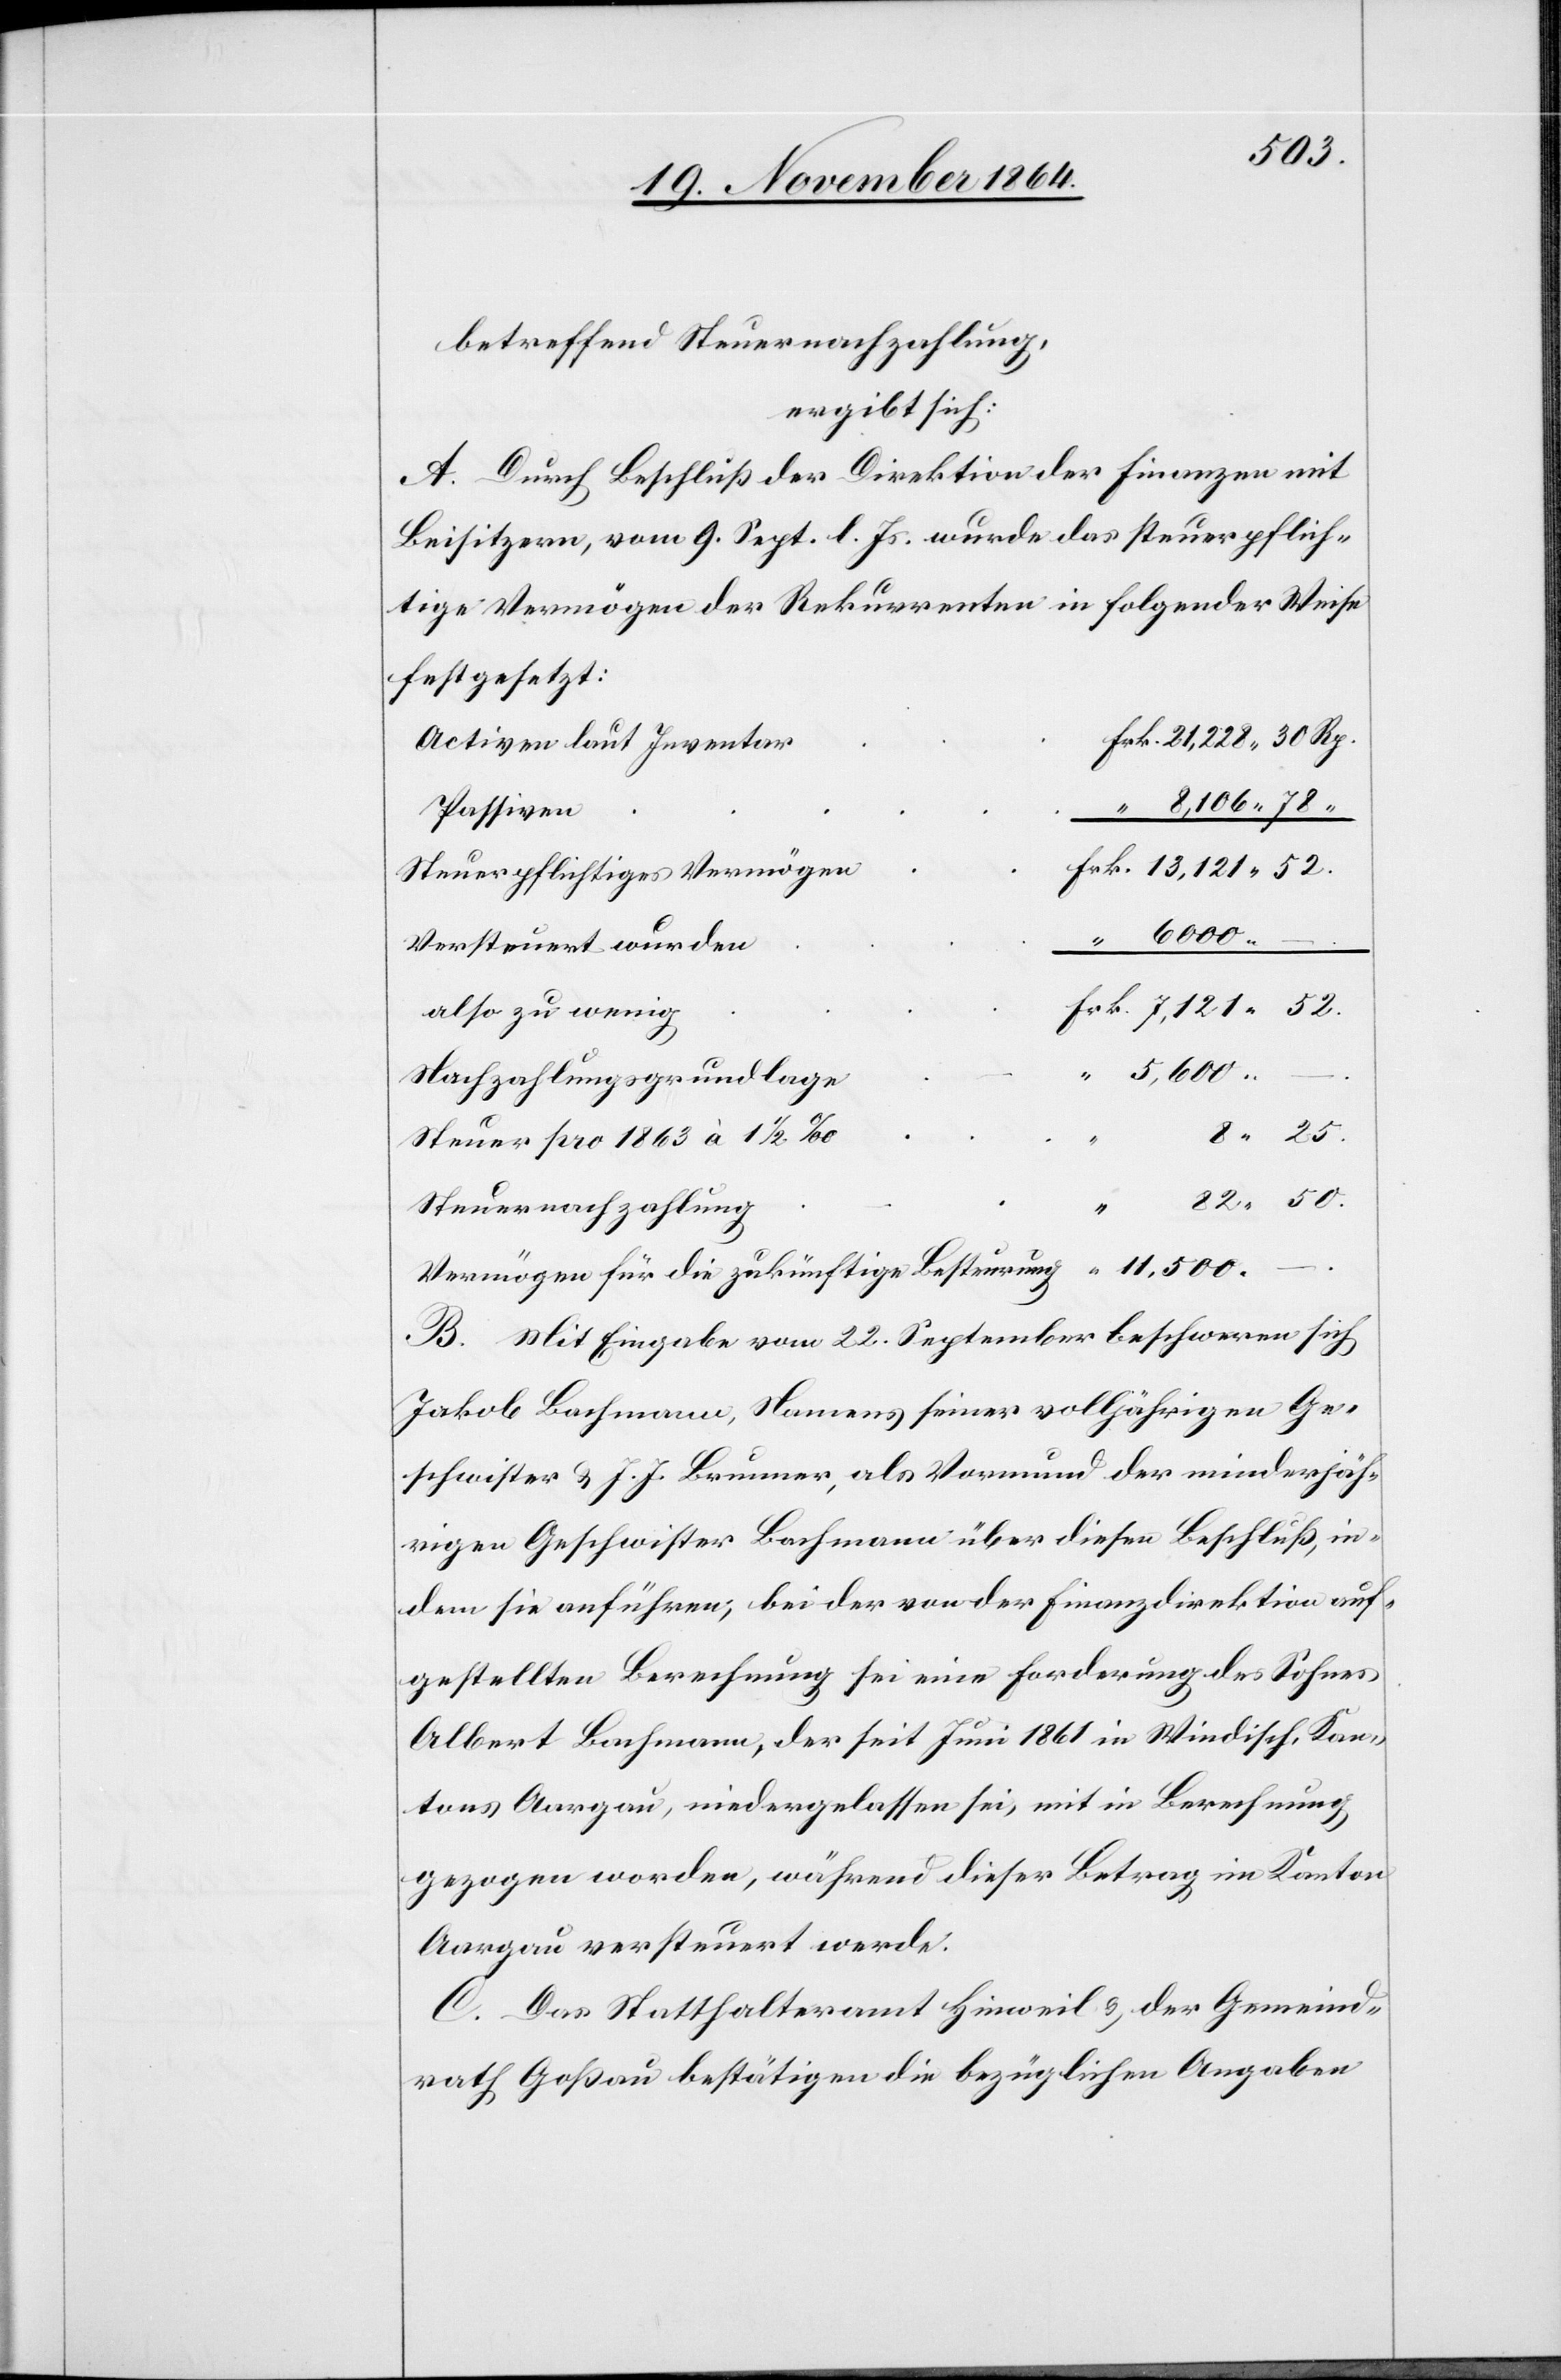
8.25
betreffend Steuernachzahlung,
ergibt sich:
A. Durch Beschluß der Direktion der Finanzen mit
Beisitzern, vom 9. Sept. l. Js. wurde das steuerpflich¬
tige Vermögen der Rekurrenten in folgender Weise
festgesetzt:
Activen laut Inventar
Passiven
Steuerpflichtiges Vermögen
6000.
–
Versteuert wurden
also zu wenig
Nachzahlungsgrundlage
.
Steuer pro 1863 à 1 1/2‰
Steuernachzahlung
.
11,500. –
Vermögen für die zukünftige Besteurung
B. Mit Eingabe vom 22. September beschwert sich
Jakob Bachmann, Namens seiner volljährigen Ge¬
schwister & J. J. Brunner, als Vormund der minderjäh¬
rigen Geschwister Bachmann über diesen Beschluß, in¬
dem sie anführen, bei der von der Finanzdirektion auf¬
gestellten Berechnung sei eine Forderung des Sohnes
Albert Bachmann, der seit Juni 1861 in Windisch, Kan¬
tons Aargau, niedergelassen sei, mit in Berechnung
gezogen worden, während dieser Betrag im Kanton
Aargau versteuert werde.
C. Das Statthalteramt Hinweil & der Gemeind¬
rath Goßau bestätigen die bezüglichen Angaben